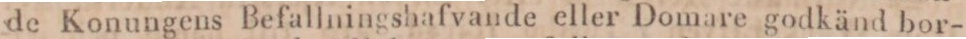
de Konungens Befallningshafvande eller Domare godkänd bor-